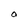
Character: O